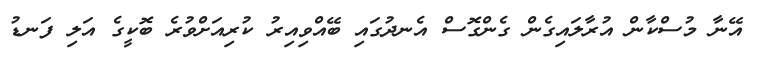
އޭނާ މުސްކާން އުރާލައިގެން ގެންގޮސް އެނދުގައި ބޭއްވިއިރު ކުރިއަށްވުރެ ބޮކީގެ އަލި ފަނޑު